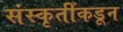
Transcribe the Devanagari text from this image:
संस्कृतींकडून